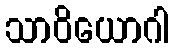
သာဝိယောဂါ